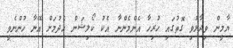
ޔާމީން ވިދާޅުވި ގޮތުގައި ހުރިހާ އެންމެންނާ އެކު ކޯލިޝަން ހެދުމަށް އޭނާ ހުންނެވީ